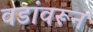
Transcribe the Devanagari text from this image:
वडांवरून